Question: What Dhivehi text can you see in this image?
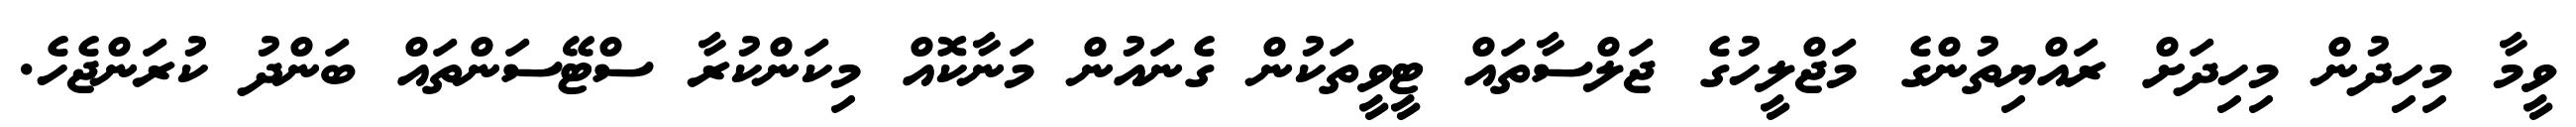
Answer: ވީމާ މިހިދުން މިހިދަށް ރައްޔިތުންގެ މަޖްލީހުގެ ޖަލްސާތައް ޓީވީތަކުން ގެނައުން މަނާކޮއް މިކަންކުރާ ސްޓޭސަންތައް ބަންދު ކުރަންޖެހެ.